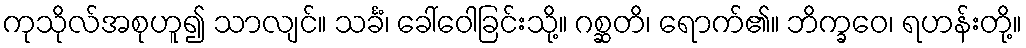
ကုသိုလ်အစုဟူ၍ သာလျင်။ သင်္ခံ၊ ခေါ်ဝေါခြင်းသို့။ ဂစ္ဆတိ၊ ရောက်၏။ ဘိက္ခဝေ၊ ရဟန်းတို့။